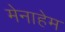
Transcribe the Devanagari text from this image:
मेनाहेम